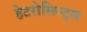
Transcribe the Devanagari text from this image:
हेटरोसिस्ट्स